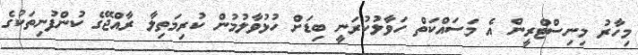
މިހާރު މިނިސްޓްރީން އެ މަސައްކަތް ހަވާލުކުރަނީ ބިޑަށް ހުޅުވާލުމުން ކުރިމަތިލާ ރާއްޖޭގެ ކުންފުނިތަކުގެ